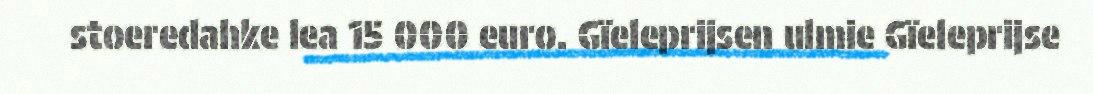
stoeredahke lea 15 000 euro. Gïeleprijsen ulmie Gïeleprijse